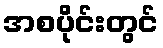
အစပိုင်းတွင်